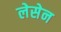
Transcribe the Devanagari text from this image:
लेसेन